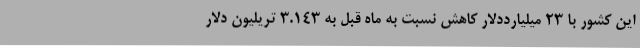
این کشور با 23 میلیارددلار کاهش نسبت به ماه قبل به 3.143 تریلیون دلار